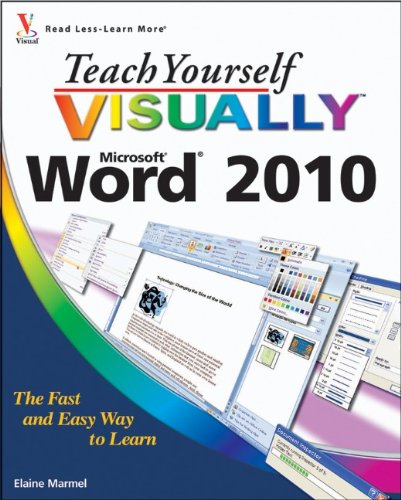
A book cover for Teach Yourself VISUALLY Word 2010; Elaine Marmel; Computers & Technology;